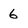
Character: 6